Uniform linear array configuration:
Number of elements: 12
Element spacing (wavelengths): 0.5
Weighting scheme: blackman
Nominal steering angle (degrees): -15
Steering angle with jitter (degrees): -13.215
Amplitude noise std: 0.05
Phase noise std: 0.05

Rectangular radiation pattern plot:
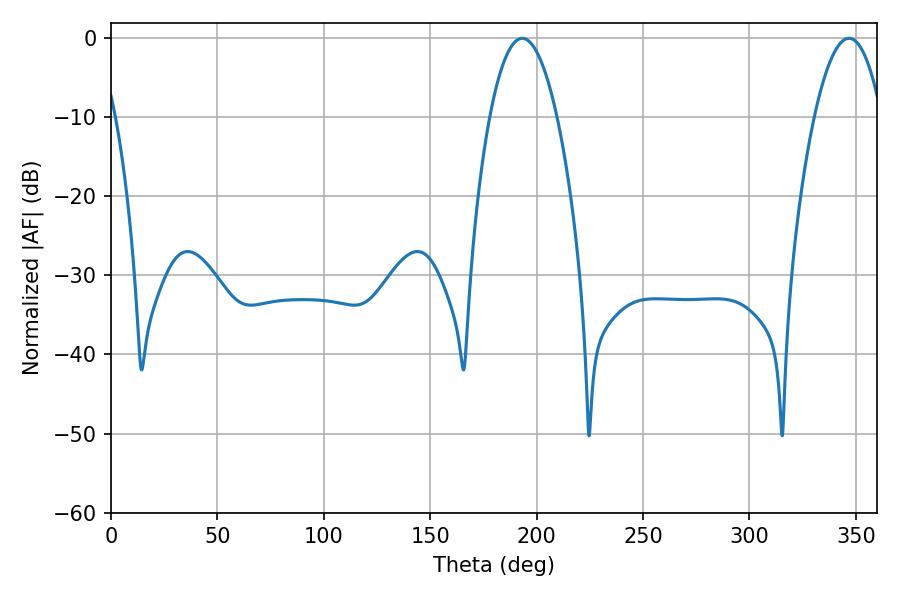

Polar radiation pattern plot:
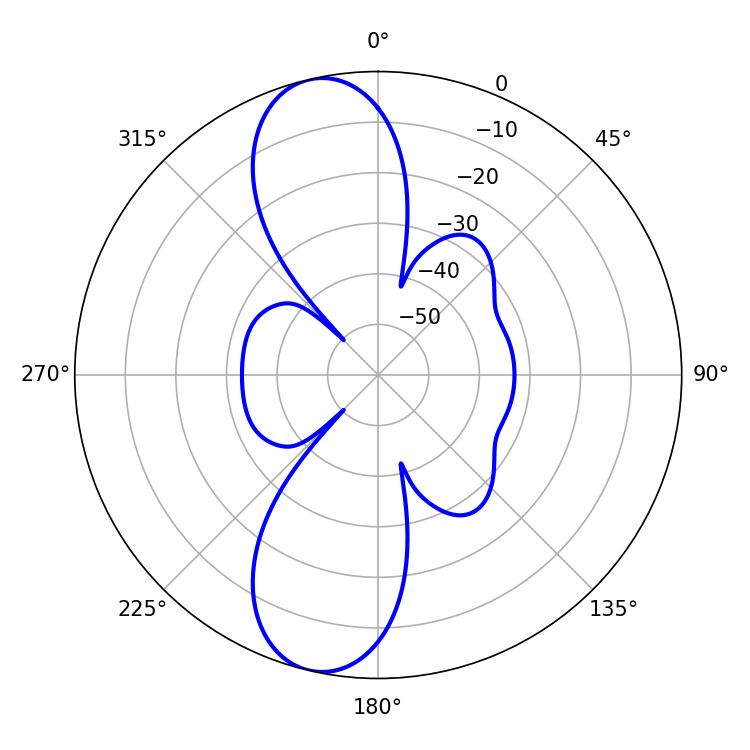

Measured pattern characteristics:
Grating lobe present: FALSE
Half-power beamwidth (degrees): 17.46
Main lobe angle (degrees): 193.32